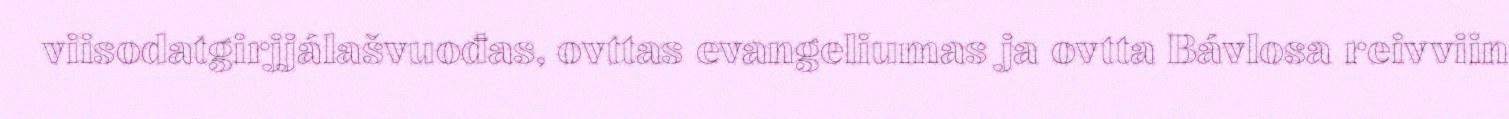
viisodatgirjjálašvuođas, ovttas evangeliumas ja ovtta Bávlosa reivviin